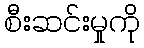
စီးဆင်းမှုကို